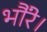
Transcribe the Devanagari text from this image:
भौंरे।